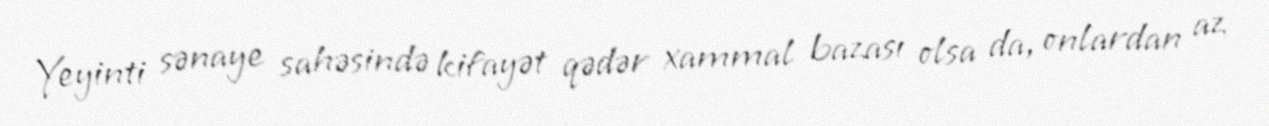
Yeyinti sənaye sahəsində kifayət qədər xammal bazası olsa da, onlardan az